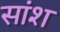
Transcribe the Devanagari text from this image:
सांश